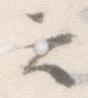
云